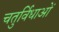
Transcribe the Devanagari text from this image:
चतुर्विधाओं